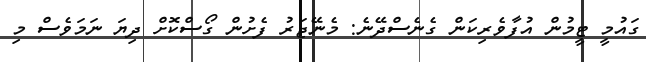
ގައުމީ ޓީމުން އުފާވެރިކަން ގެނެސްދޭނެ: މެނޭޖަރު ފެށުން ގޯސްކޮށް ދިޔަ ނަމަވެސް މި